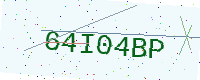
Text: 64I04BP